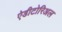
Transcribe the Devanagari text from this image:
ऐडीटोरिअल